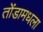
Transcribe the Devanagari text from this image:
तोंडामधला